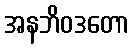
အနဘိဝဒတော